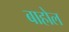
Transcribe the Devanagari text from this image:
बाहोल